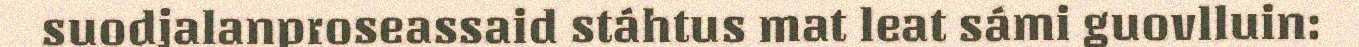
suodjalanproseassaid stáhtus mat leat sámi guovlluin: